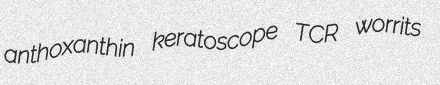
anthoxanthin keratoscope TCR worrits